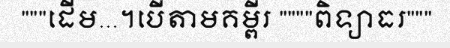
"""ដើម...។បើតាមគម្ពីរ """"ពិទ្យាធរ"""